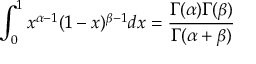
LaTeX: \int _ { 0 } ^ { 1 } x ^ { \alpha - 1 } ( 1 - x ) ^ { \beta - 1 } d x = { \frac { \Gamma ( \alpha ) \Gamma ( \beta ) } { \Gamma ( \alpha + \beta ) } }